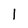
Character: l